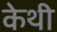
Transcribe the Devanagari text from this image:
केथी